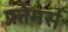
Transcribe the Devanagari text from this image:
फ्रोमर्स